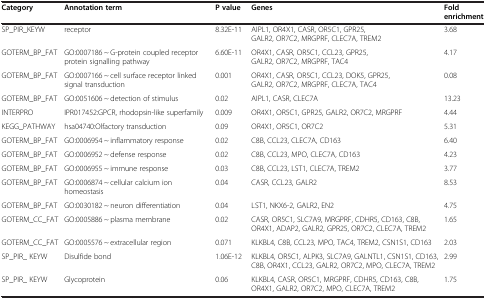
<table><thead><tr><td><b>Category</b></td><td><b>Annotation term</b></td><td><b>P value</b></td><td><b>Genes</b></td><td><b>Fold enrichment</b></td></tr></thead><tbody><tr><td>SP_PIR_KEYW</td><td>receptor</td><td>8.32E-11</td><td>AIPL1, OR4X1, CASR, OR5C1, GPR25, GALR2, OR7C2, MRGPRF, CLEC7A, TREM2</td><td>3.68</td></tr><tr><td>GOTERM_BP_FAT</td><td>GO:0007186 ~ G-protein coupled receptor protein signalling pathway</td><td>6.60E-11</td><td>OR4X1, CASR, OR5C1, CCL23, GPR25, GALR2, OR7C2, MRGPRF, TAC4</td><td>4.17</td></tr><tr><td>GOTERM_BP_FAT</td><td>GO:0007166 ~ cell surface receptor linked signal transduction</td><td>0.001</td><td>OR4X1, CASR, OR5C1, CCL23, DOK5, GPR25, GALR2, OR7C2, MRGPRF, CLEC7A, TAC4</td><td>0.08</td></tr><tr><td>GOTERM_BP_FAT</td><td>GO:0051606 ~ detection of stimulus</td><td>0.02</td><td>AIPL1, CASR, CLEC7A</td><td>13.23</td></tr><tr><td>INTERPRO</td><td>IPR017452:GPCR, rhodopsin-like superfamily</td><td>0.009</td><td>OR4X1, OR5C1, GPR25, GALR2, OR7C2, MRGPRF</td><td>4.44</td></tr><tr><td>KEGG_PATHWAY</td><td>hsa04740:Olfactory transduction</td><td>0.09</td><td>OR4X1, OR5C1, OR7C2</td><td>5.31</td></tr><tr><td>GOTERM_BP_FAT</td><td>GO:0006954 ~ inflammatory response</td><td>0.02</td><td>C8B, CCL23, CLEC7A, CD163</td><td>6.40</td></tr><tr><td>GOTERM_BP_FAT</td><td>GO:0006952 ~ defense response</td><td>0.02</td><td>C8B, CCL23, MPO, CLEC7A, CD163</td><td>4.23</td></tr><tr><td>GOTERM_BP_FAT</td><td>GO:0006955 ~ immune response</td><td>0.03</td><td>C8B, CCL23, LST1, CLEC7A, TREM2</td><td>3.77</td></tr><tr><td>GOTERM_BP_FAT</td><td>GO:0006874 ~ cellular calcium ion homeostasis</td><td>0.04</td><td>CASR, CCL23, GALR2</td><td>8.53</td></tr><tr><td>GOTERM_BP_FAT</td><td>GO:0030182 ~ neuron differentiation</td><td>0.04</td><td>LST1, NKX6-2, GALR2, EN2</td><td>4.75</td></tr><tr><td>GOTERM_CC_FAT</td><td>GO:0005886 ~ plasma membrane</td><td>0.02</td><td>CASR, OR5C1, SLC7A9, MRGPRF, CDHR5, CD163, C8B, OR4X1, ADAP2, GALR2, GPR25, OR7C2, CLEC7A, TREM2</td><td>1.65</td></tr><tr><td>GOTERM_CC_FAT</td><td>GO:0005576 ~ extracellular region</td><td>0.071</td><td>KLKBL4, C8B, CCL23, MPO, TAC4, TREM2, CSN1S1, CD163</td><td>2.03</td></tr><tr><td>SP_PIR_ KEYW</td><td>Disulfide bond</td><td>1.06E-12</td><td>KLKBL4, OR5C1, ALPK3, SLC7A9, GALNTL1, CSN1S1, CD163, C8B, OR4X1, CCL23, GALR2, OR7C2, MPO, CLEC7A, TREM2</td><td>2.99</td></tr><tr><td>SP_PIR_ KEYW</td><td>Glycoprotein</td><td>0.06</td><td>KLKBL4, CASR, OR5C1, MRGPRF, CDHR5, CD163, C8B, OR4X1, GALR2, OR7C2, MPO, CLEC7A, TREM2</td><td>1.75</td></tr></tbody></table>